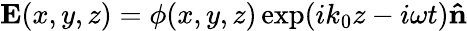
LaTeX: \mathbf{E}(x,y,z)=\phi(x,y,z)\exp(ik_{0}z-i\omega t)\mathbf{\hat{n}}